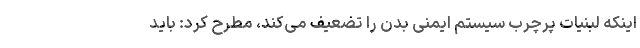
اینکه لبنیات پرچرب سیستم ایمنی بدن را تضعیف می‌کند، مطرح کرد: باید